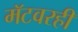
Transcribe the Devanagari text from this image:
मॅटवरही